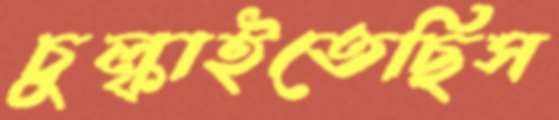
চুল্‌কাইতেছিস